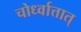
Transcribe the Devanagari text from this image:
चोर्ध्वात्तात्